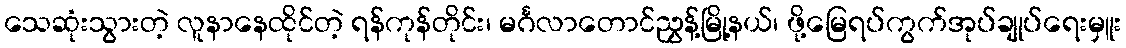
သေဆုံးသွားတဲ့ လူနာနေထိုင်တဲ့ ရန်ကုန်တိုင်း၊ မင်္ဂလာတောင်ညွှန့်မြို့နယ်၊ ဖို့မြေရပ်ကွက်အုပ်ချုပ်ရေးမှူး